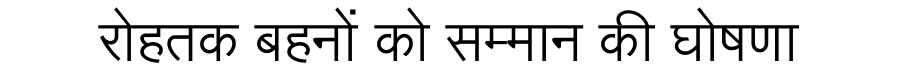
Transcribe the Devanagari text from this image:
रोहतक बहनों को सम्मान की घोषणा